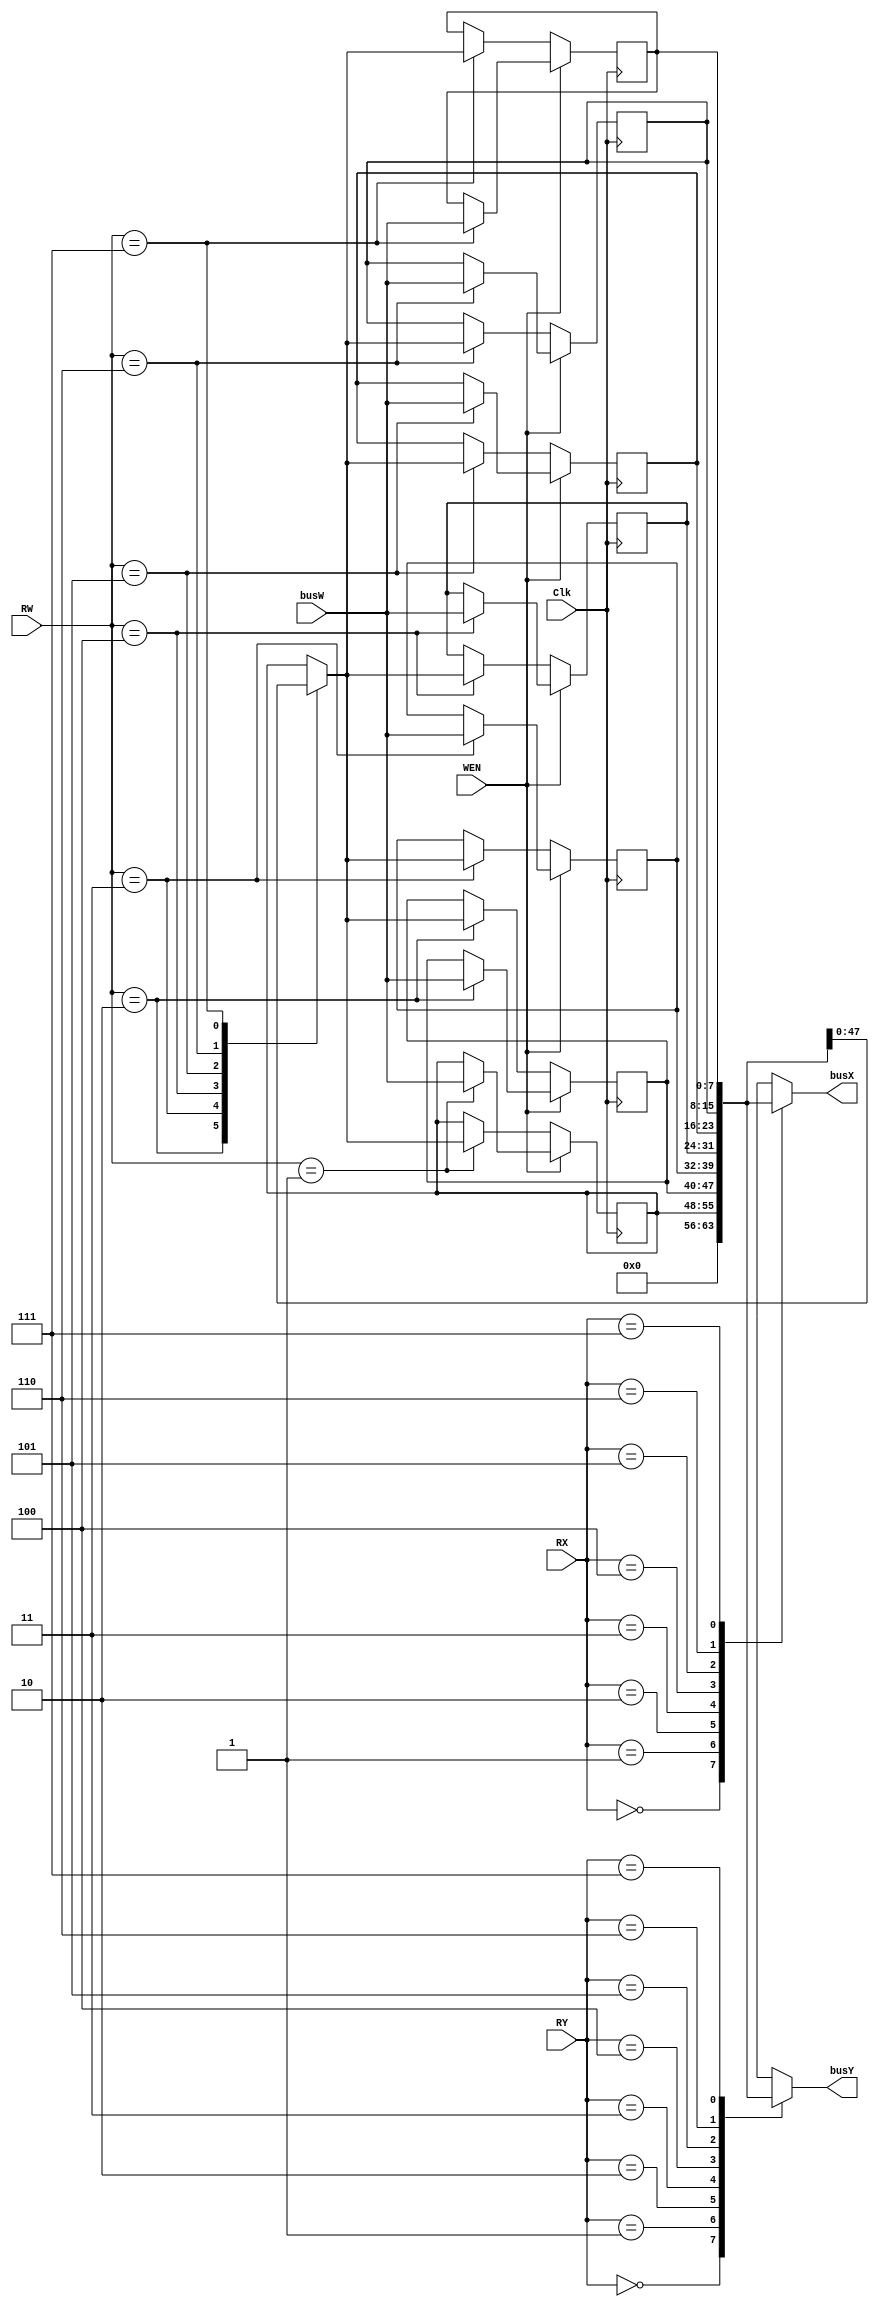
module register_file(
    Clk  ,
    WEN  ,
    RW   ,
    busW ,
    RX   ,
    RY   ,
    busX ,
    busY
);
input        Clk, WEN;
input  [2:0] RW, RX, RY;
input  [7:0] busW;
output reg [7:0] busX, busY;
integer i;
// write your design here, you can delcare your own wires and regs. 
// The code below is just an eaxmple template
reg [7:0] r0_w, r1_w, r2_w, r3_w, r4_w, r5_w, r6_w, r7_w;
reg [7:0] r0_r, r1_r, r2_r, r3_r, r4_r, r5_r, r6_r, r7_r;
reg [7:0] r_w [7:0];
reg [7:0] r_r [7:0];
always@(*) begin
	
	for (i = 1; i <= 7; i = i+1) begin
		r_r[i] <= r_w[i];
	end
	r_w[0] = 8'b00000000;
	r_r[0] = 8'b00000000;
	busX = r_r[RX];
	busY = r_r[RY];

end

always@(posedge Clk) begin
	if (WEN==1) begin
		r_w[RW] <= busW;
	end
	else begin
		r_w[RW] <= r_r[RW];
	end
end	

endmodule